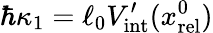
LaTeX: \hbar\kappa_{1}=\ell_{0}V_{\mathrm{int}}^{\prime}(x_{\mathrm{rel}}^{0})